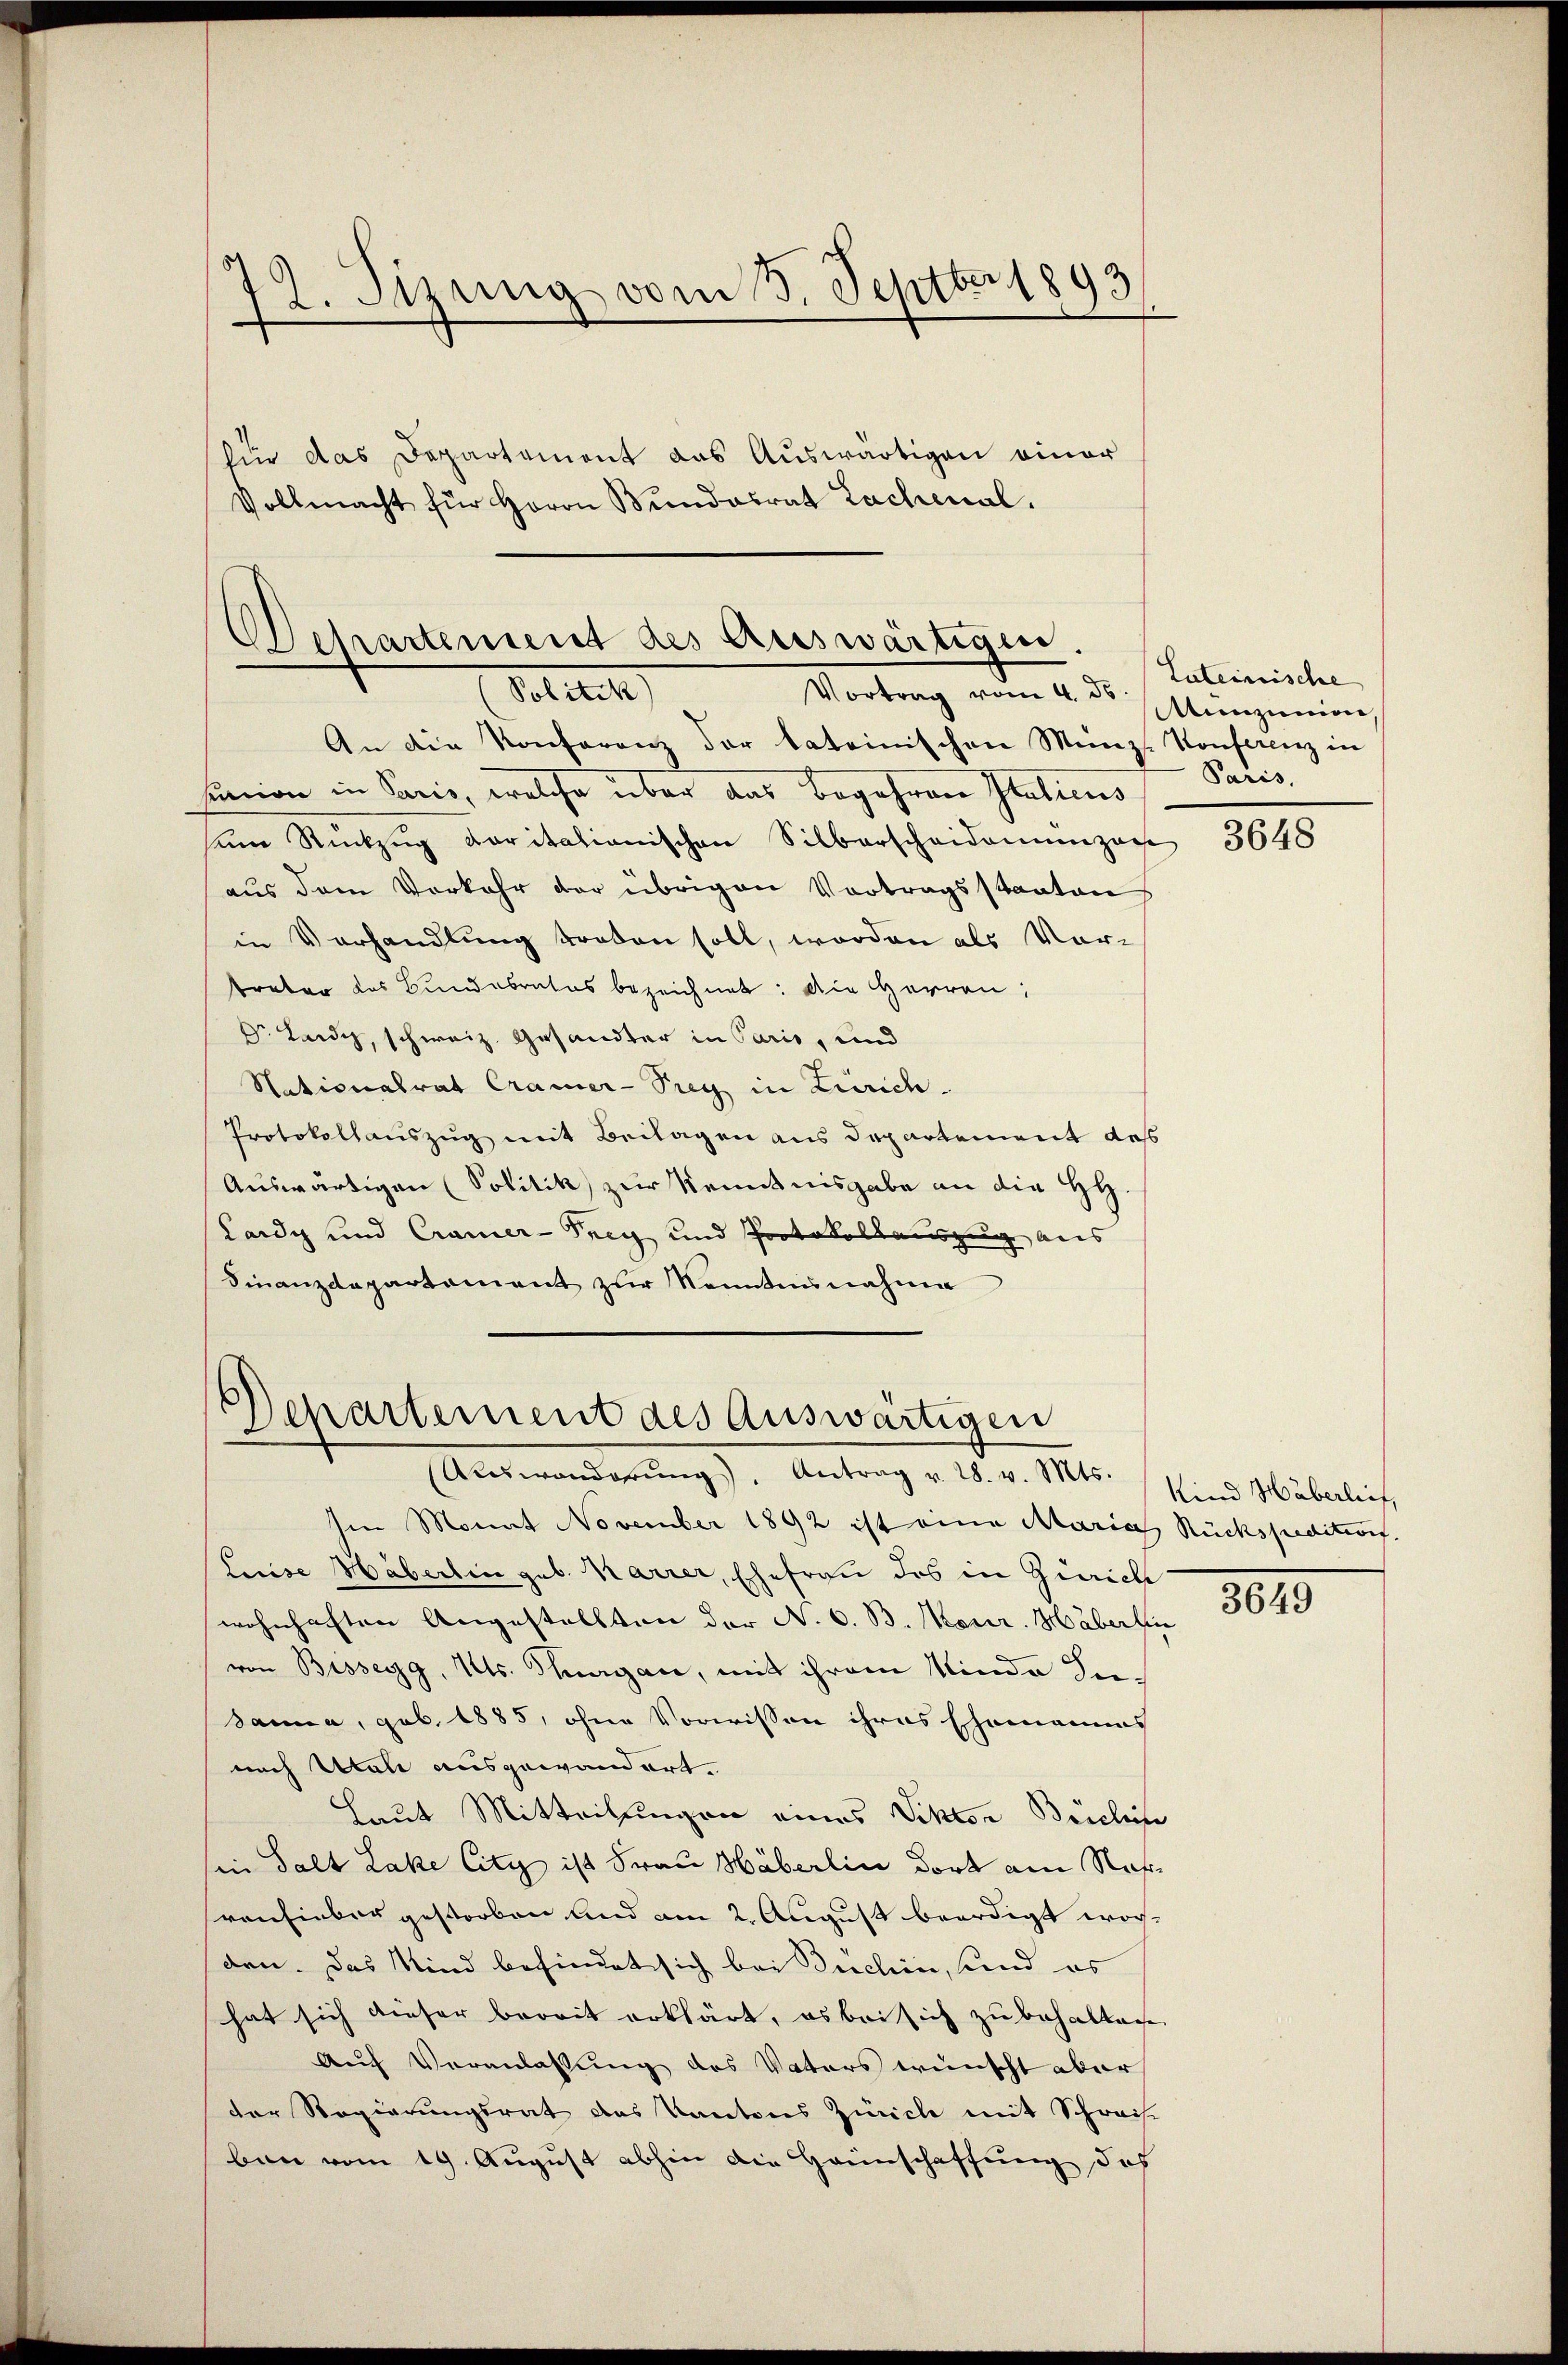
12. Sizung vom 8. Septbr. 1893

für das Departement das Auswärtigen einer
Vollmacht für Herrn Bŭndesrat Lachenal.

Departement des Auswärtigen.
Politik)
Vortrag vom 4. ds.

An die Konferenz der lateinischen Münz-Konferenz in
union in Paris, welche über das Begehren Italicus
sŭm Rückzŭg Caritationischen Silberscheidenunzag
aus dem Vorkehr der übrigen Vortragsstaaten
in Vorhandlung broden soll, worden als Vor-
treter das Bundebrates bezeichnet: Die Herren:
Dr. Landi, schweiz. Gesandter in Paris, und
Nationalrat Cramer-Prey in Zürich
Protokollauszug mit Beilagen aus Departement des
Auswärtigen (Politik zur Kenntnisgabe an die HH
Lardy und Cramer-Prey und Protokollauszug aus
Finanzdepartement zur Sonntannahme

Departement des Auswärtigen
(Auswanderŭng. Antrag v. 28. v. Mts. Sind Häberliet,

Ien Monat November 1892 ist eine Maria Rückspeditions.
Luise Häberlin geb. Marrer, Ehefrau des in Zürich
wohnhaften Angestellten der N. O. B. Konr. Häberlin
von Bissegg, Kts. Thurgau, mit ihrem Minder Insanna, geb. 1885, ohne Vorwissen ihres Ehemanns
nach Itali ausgewandert.
Laut Mitteilungen eines Viktor Beichin
sin Falt Lake City ist Frau Häberlin dort am Nahronhieber gestorben und am 2. August beerdigt wor-
den. Das Kind befindet sich bei Teichin, und es
hat sich dieser bereit erklärt, es bei sich zu behalten
Auf Veranlassung des Vaters wünscht aber
der Regierungsrat des Kantons Zürich mit Schreis
ban vom 19. August abhin die Haunschaffung doch

Lateinische
Munzion
Paris,

3648

3649